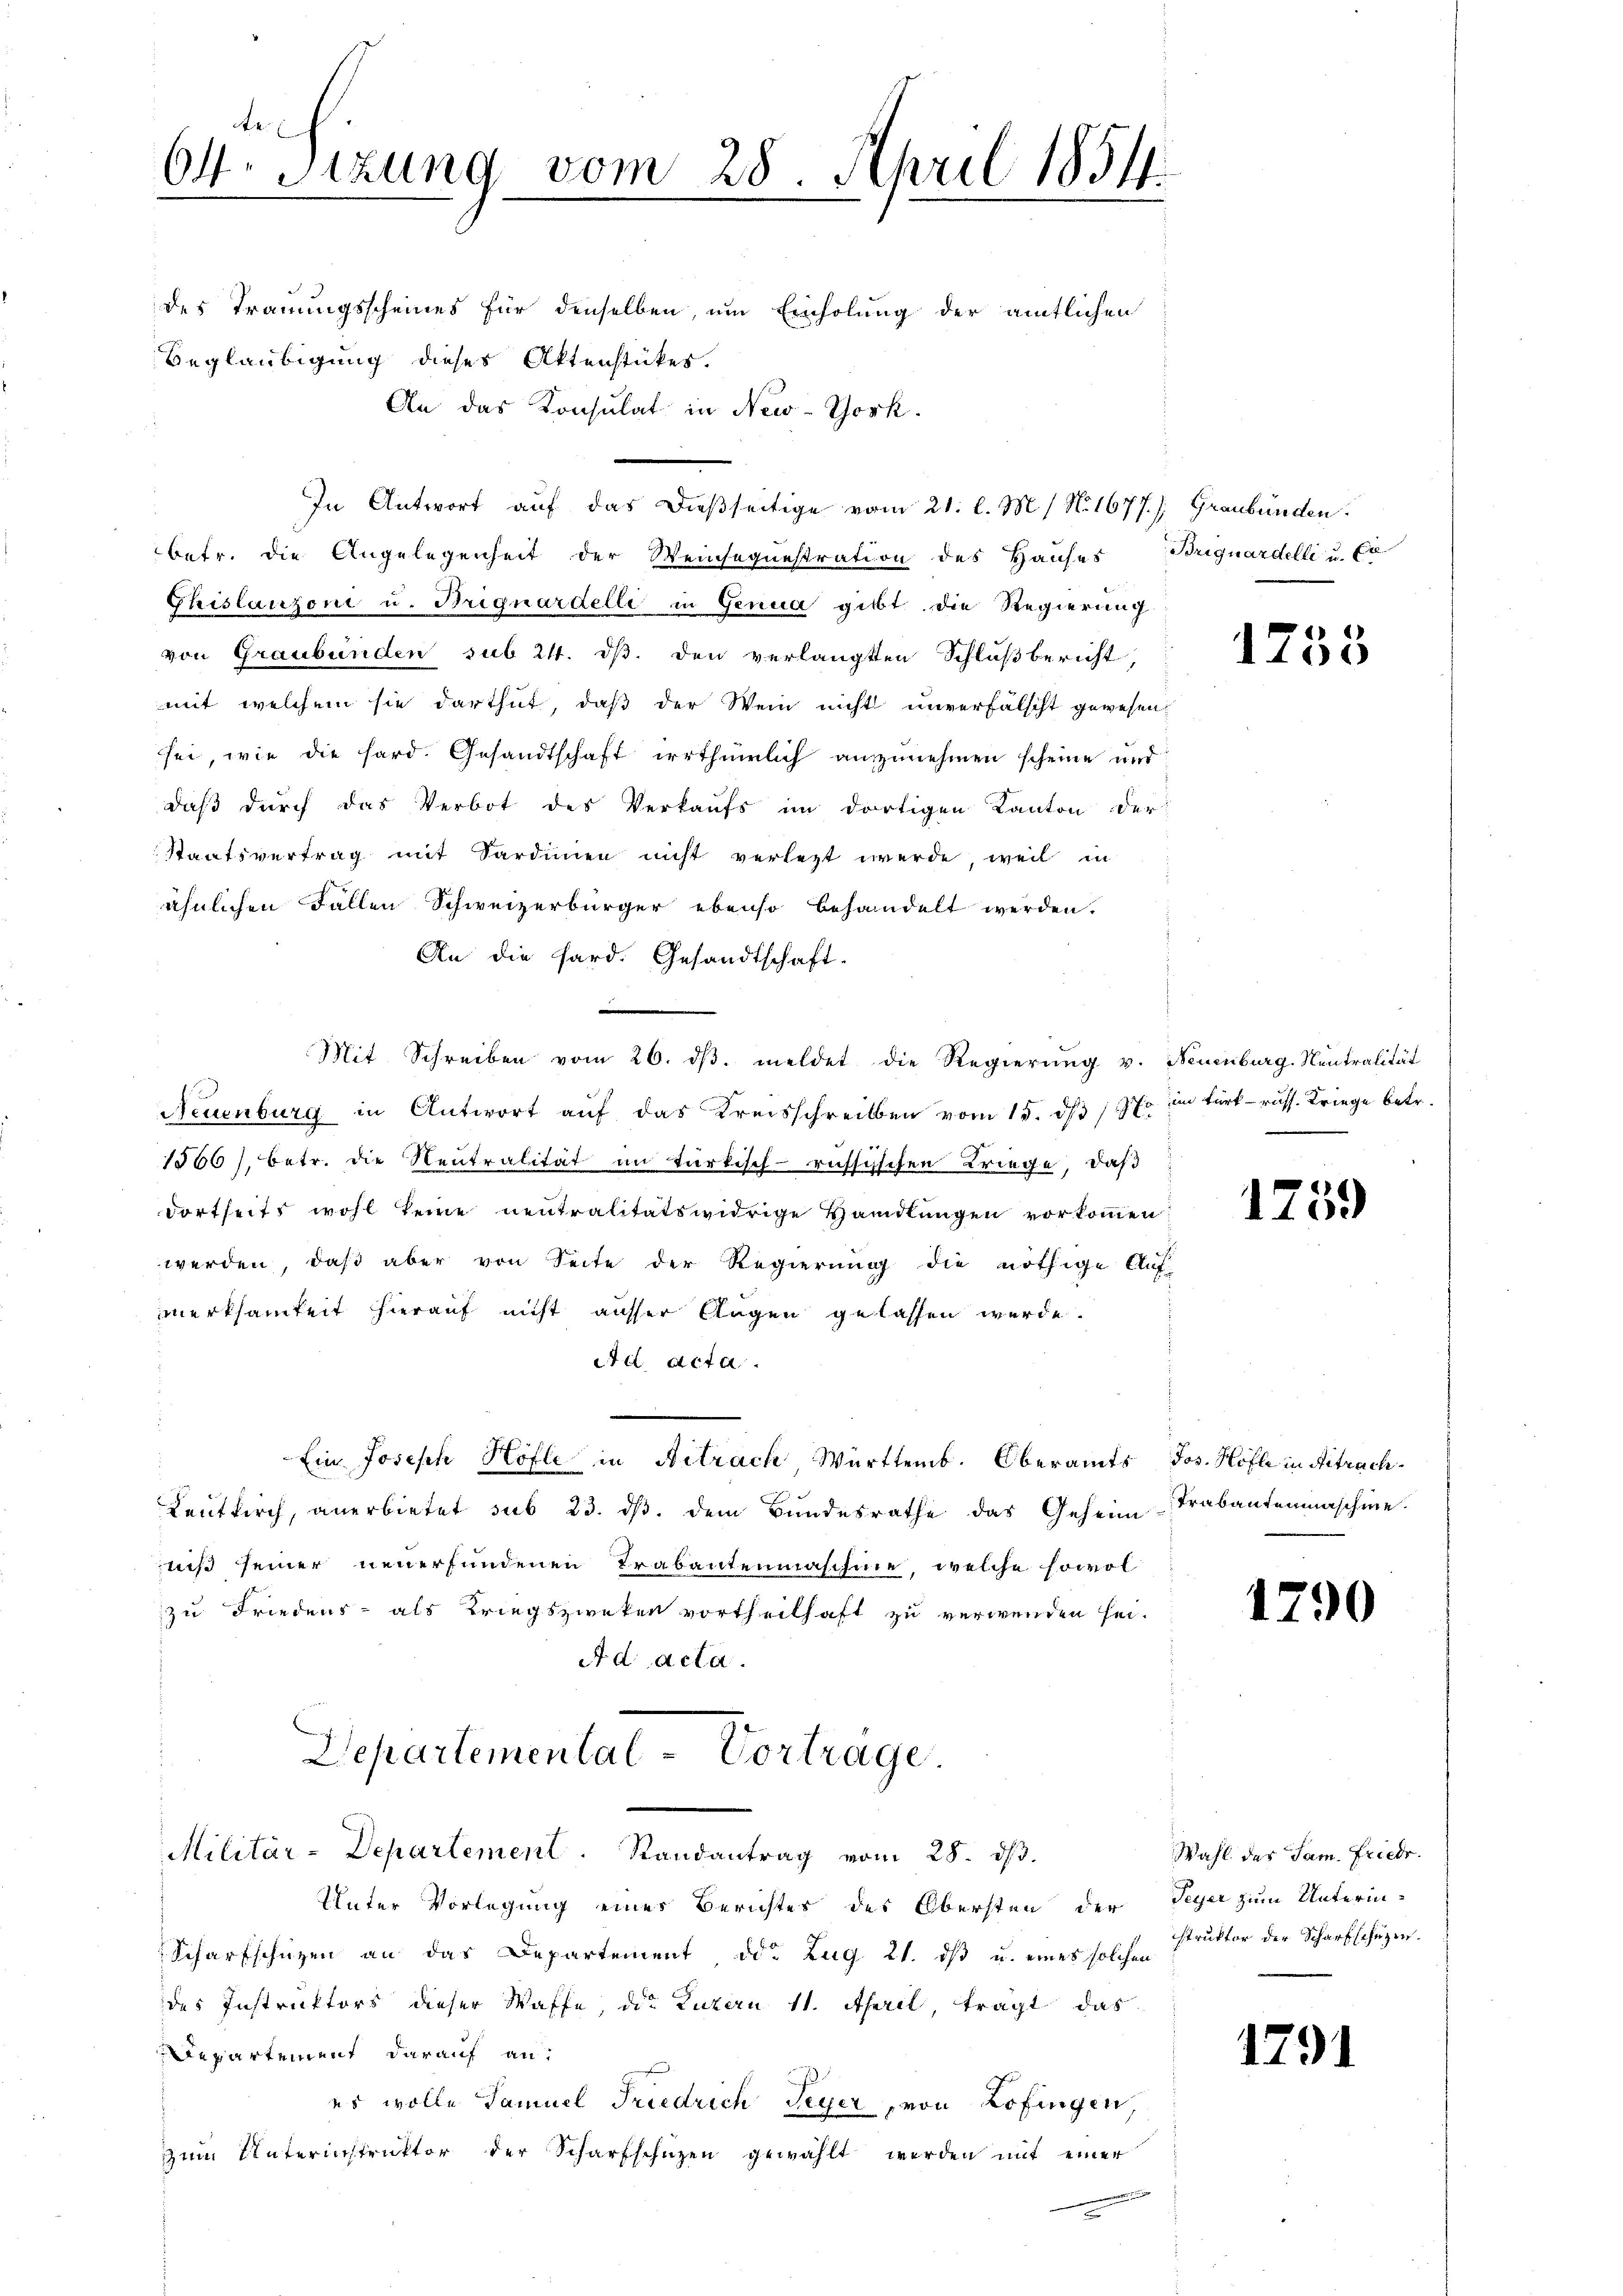
des Trauungsscheines für denselben, um Einholung der amtlichen
Beglaubigung dieses Aktenstückes.
An das Konsulat in New-York.
In Antwort auf das dießseitige vom 21. l. M. / No. 1677.) Graubünden.
betr. die Angelegenheit der Weinsequestration des Hauses Briguardelli u. Cr
Ghislanzoni u. Briguardelle in Genua gibt die Regierung
von Graubünden sub 24. ds. den verlangten Schlußbericht,
mit welchem sie darthut, daß der Wein nicht unverfälscht gewesen
sei, wie die hard. Gesandtschaft irrthümlich anzunehmen scheine und
daß durch das Verbot des Verkaufs im dortigen Kanton der
Staatsvertrag mit Sardinien nicht verlegt werde, weil in
ähnlichen Fällen Schweizerbürger ebenso behandelt werden.
An die Sard. Gesandtschaft.
Mit Schreiben vom 26. dβ. meldet die Regierŭng v. Neuenburg, Neutralität
Neuenburg in Antwort auf das Kreisschreiben vom 15. dß 1970 in türk- russ. Kriege betr.
1566), betr. die Neutralität in türkisch-russischen Kriege, daß
dortseits wohl keine neutralitätswidrige Handlungen vorkommen:
werden, daß aber von Seite der Regierung die nöthige Auf-
merksamkeit hierauf nicht ausser Augen gelassen wurde.
d. Acta
Ein Joseph Höfle in Betrach Württemb. Oberamts Jos. Kofle in Betrach¬
Leutkirch, anerbietet sub 23. ds. dem Bundesrathe das Geheim Trabantenmaschine.
niß seiner neuerfundenen Trabantenmaschine, welche sowol
zu Friedens- als Kriegszweken vortheilhaft zu verwenden sei.
Ad acta.

te
64. Sizung vom 28. April 1854

Departemental-Vortrage.
Militär-Departement. Randantrag vom 28. dβ.

Unter Vorlegung eines Berichtes des Obersten der Feyer zum Unterin¬
Scharfschüzen an das Departement ddo. Zug 21. dß u. eines solchen
des Instruktors dieser Waffe des Luzern 11. April, tragt das
Departement darauf an:
es wolle Samuel Friedrich Peyer, von Zofingen
zŭm Unterinstruktor der Scharfschüzen gewählt werden mit einer
matten

1735

1759

1790

Wahl des Jam. Friedr.
struktor der Scharfschüzen.

1791